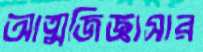
আত্মজিজ্ঞাসার